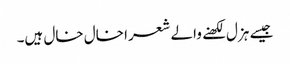
جیسے ہزل لکھنے والے شعرا خال خال ہیں۔